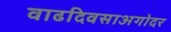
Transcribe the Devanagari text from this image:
वाढदिवसाअगोदर